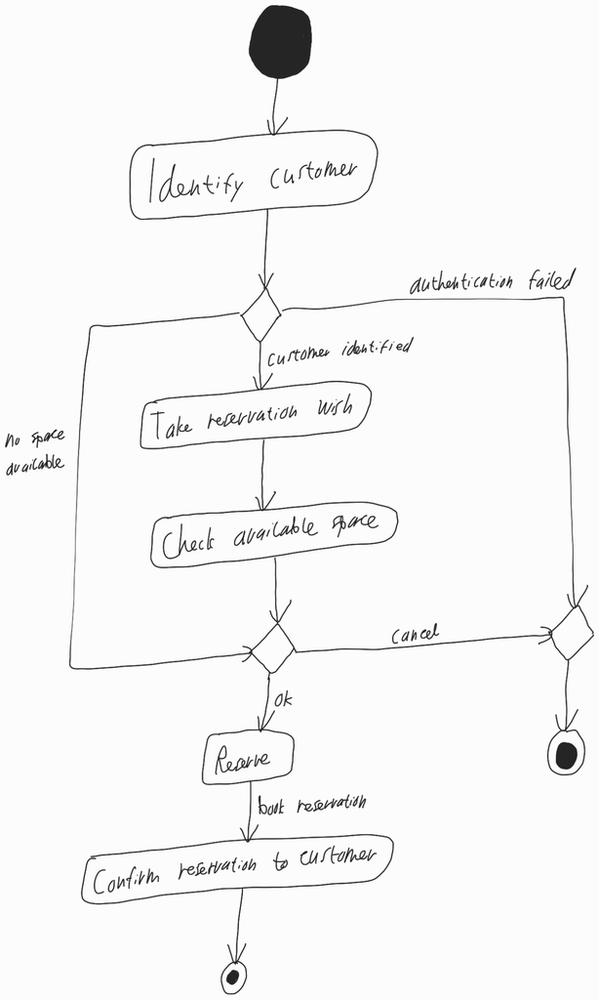
Diagram type: activity_diagram
```plantuml
@startuml

start

:Identify customer;

switch ()
  case (customer identified)
    :Take reservation wish;
    :Check available space;

  case (no space available)

  case (authentication failed)
    stop
endswitch

if () then (ok)
  :Reserve;
  -> book reservation;
  :Confirm reservation to customer;
  stop
else (cancel)
  stop
endif

@enduml
```